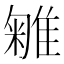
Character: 𨿥